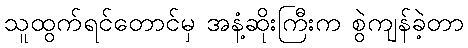
သူထွက်ရင်တောင်မှ အနံ့ဆိုးကြီးက စွဲကျန်ခဲ့တာ